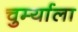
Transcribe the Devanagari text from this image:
चुर्म्याला